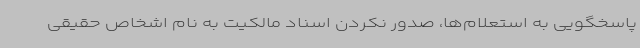
پاسخگویی به استعلام‌ها، صدور نکردن اسناد مالکیت به نام اشخاص حقیقی